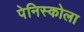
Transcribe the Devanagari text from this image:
पेनिस्कोला